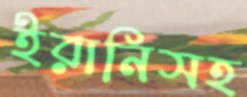
ইরানিসহ